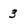
Character: 3